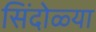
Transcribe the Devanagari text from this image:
सिंदोळ्या